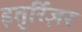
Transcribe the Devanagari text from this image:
इतुर्रिज़र